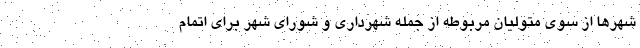
شهرها از سوی متولیان مربوطه از جمله شهرداری و شورای شهر برای اتمام